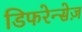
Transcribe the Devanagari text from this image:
डिफरेन्सेज़